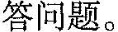
答问题。